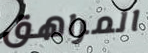
المراهق